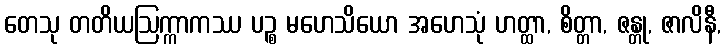
တေသု တတိယဩက္ကာကဿ ပဉ္စ မဟေသိယော အဟေသုံ ဟတ္ထာ, စိတ္တာ, ဇန္တု, ဇာလိနီ,